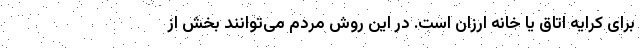
برای کرایه اتاق یا خانه ارزان است. در این روش مردم می‌توانند بخش از